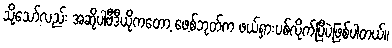
သို့သော်လည်း အဆိုပါဗီဒီယိုကတော့ ဖေ့စ်ဘုတ်က ဖယ်ရှားပစ်လိုက်ပြီပဲဖြစ်ပါတယ်။